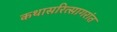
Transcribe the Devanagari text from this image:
कथासरित्सागरांत